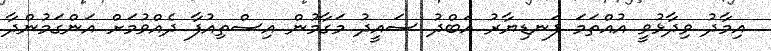
އިމާދު ވިދާޅުވީ އުއްތަމަ ފަނޑިޔާރު އަބްދު ސައީދު މަގާމުން އިސްތިއުފާ ދެއްވުމަށް އަންގަމުންދާ